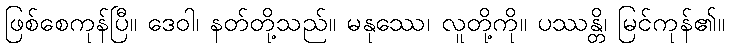
ဖြစ်စေကုန်ပြီ။ ဒေဝါ၊ နတ်တို့သည်။ မနုဿေ၊ လူတို့ကို။ ပဿန္တိ၊ မြင်ကုန်၏။